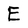
Character: E